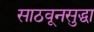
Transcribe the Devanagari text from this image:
साठवूनसुद्धा